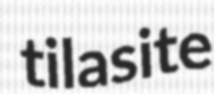
tilasite